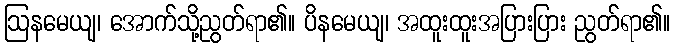
ဩနမေယျ၊ အောက်သို့ညွတ်ရာ၏။ ပိနမေယျ၊ အထူးထူးအပြားပြား ညွတ်ရာ၏။